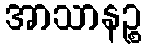
အာသာနဉ္စ